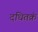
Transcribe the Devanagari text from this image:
दधितक्रं